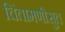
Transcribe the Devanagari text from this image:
चिंतामणीसुत